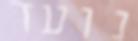
נועד